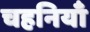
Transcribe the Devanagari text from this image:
चहनियाँ